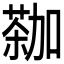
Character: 𫉕